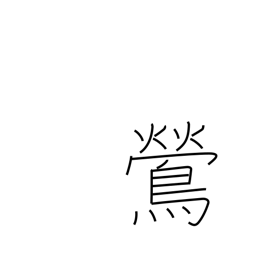
Meaning: nightingale